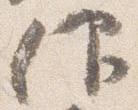
仰